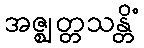
အဇ္ဈတ္တသန္တိံ